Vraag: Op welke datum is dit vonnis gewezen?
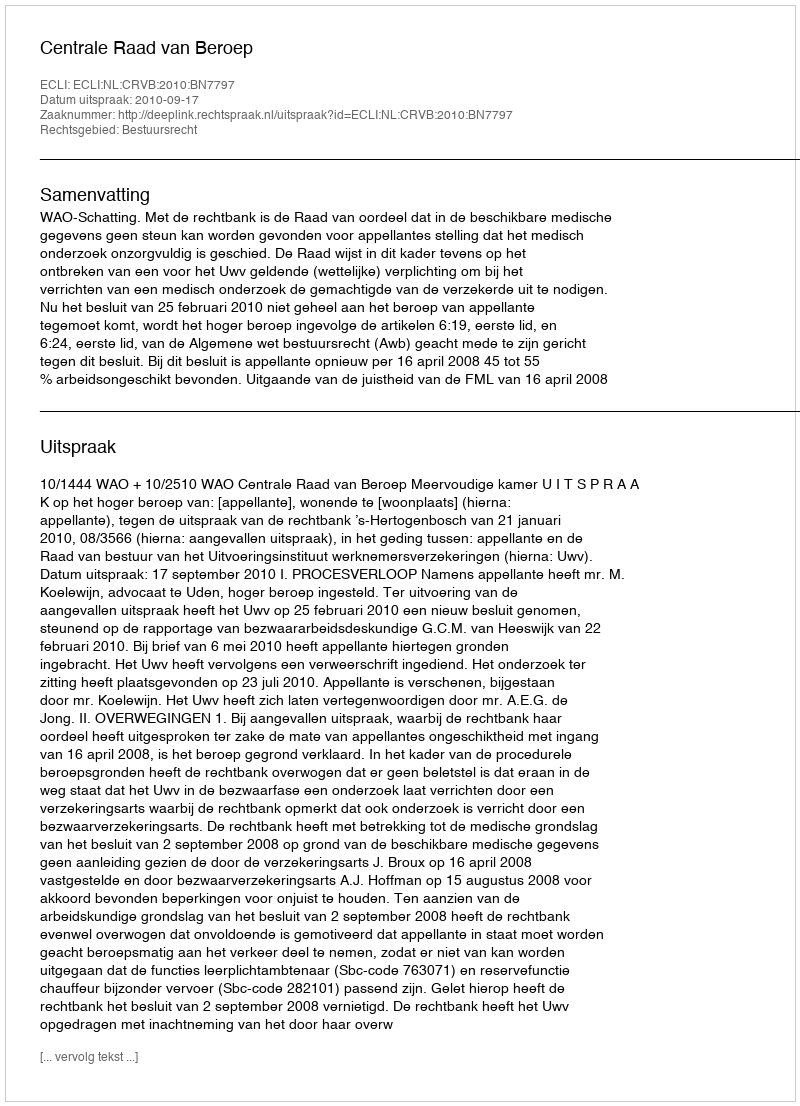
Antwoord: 2010-09-17